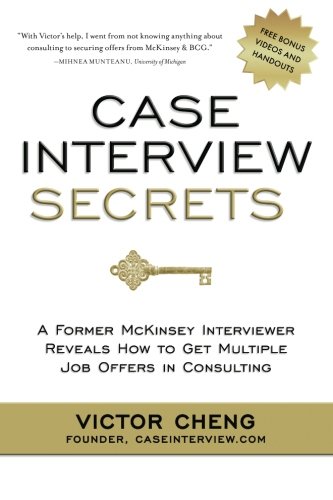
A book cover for Case Interview Secrets: A Former McKinsey Interviewer Reveals How to Get Multiple Job Offers in Consulting; Victor Cheng; Business & Money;